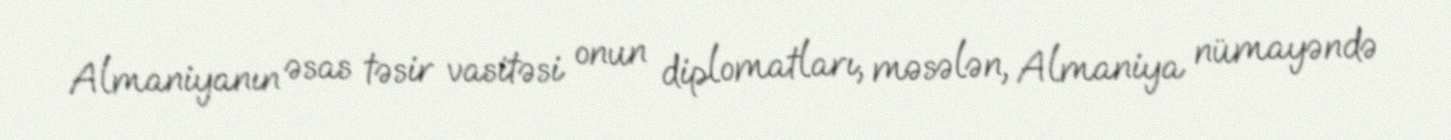
Almaniyanın əsas təsir vasitəsi onun diplomatları, məsələn, Almaniya nümayəndə